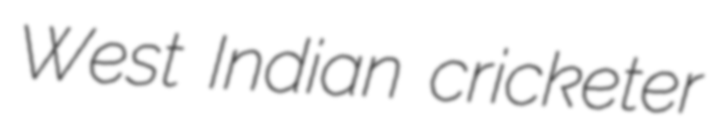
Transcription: West Indian cricketer